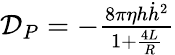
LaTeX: \begin{array}{r}{\mathcal{D}_{P}=-\frac{8\pi\eta h\dot{h}^{2}}{1+\frac{4L}{R}}}\end{array}